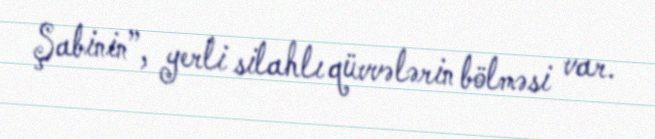
Şabinin”, yerli silahlı qüvvələrin bölməsi var.